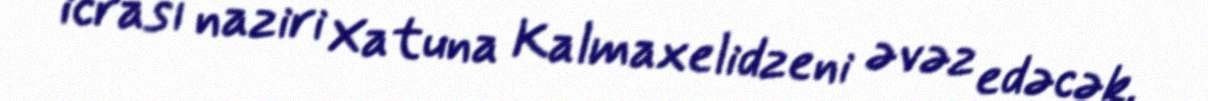
icrası naziri Xatuna Kalmaxelidzeni əvəz edəcək.